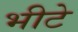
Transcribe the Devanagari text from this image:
भीटे